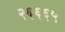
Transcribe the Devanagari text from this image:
२६६६५